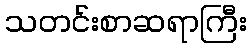
သတင်းစာဆရာကြီး